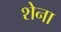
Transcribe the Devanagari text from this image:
शेना